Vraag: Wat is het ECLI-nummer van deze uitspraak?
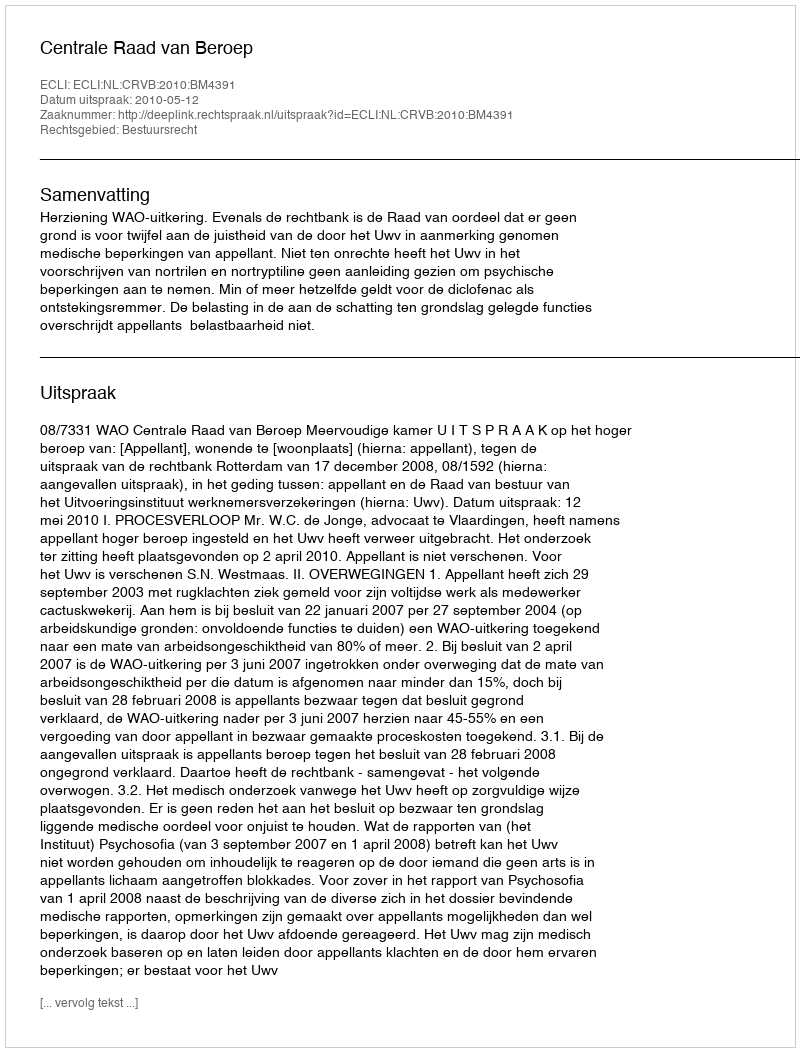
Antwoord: ECLI:NL:CRVB:2010:BM4391